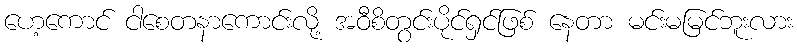
ဟေ့ကောင် ငါစေတနာကောင်းလို့ အဝီစိတွင်းပိုင်ရှင်ဖြစ် နေတာ မင်းမမြင်ဘူးလား